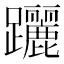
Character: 躧